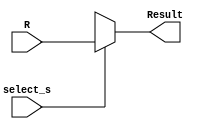
module tristate ( 
		input signed [255:0] R, 
		input select_s, 
		output reg signed [255:0] Result
);

always @ *
   begin
      if (select_s == 1'b1) begin
	Result = R;
	   end
      else begin
        Result = 256'bx;
           end
end
endmodule